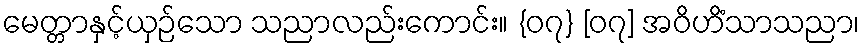
မေတ္တာနှင့်ယှဉ်သော သညာလည်းကောင်း။ {၀၇} [၀၇] အဝိဟိံသာသညာ၊